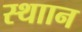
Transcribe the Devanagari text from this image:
स्थाान